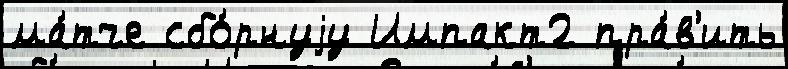
ма́тче сбо́рнуjу Импакт2 пра́в'ить